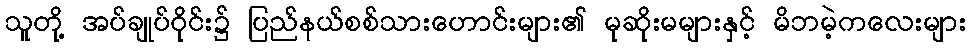
သူတို့ အပ်ချုပ်ဝိုင်း၌ ပြည်နယ်စစ်သားဟောင်းများ၏ မုဆိုးမများနှင့် မိဘမဲ့ကလေးများ